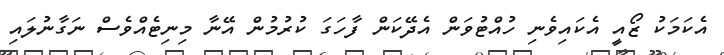
އެކަމަކު ޒޯއީ އެކައިވެނި ހުއްޓުވަން އެދޭކަން ފާހަގަ ކުރުމުން އޭނާ މިނިޓެއްވެސް ނަގާނުލައި